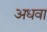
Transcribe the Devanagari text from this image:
अधवा